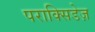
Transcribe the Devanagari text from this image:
पराक्सिडेज़